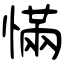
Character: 慲